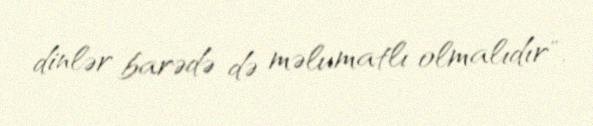
dinlər barədə də məlumatlı olmalıdır".